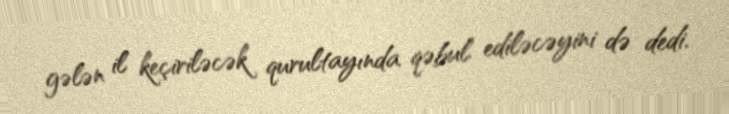
gələn il keçiriləcək qurultayında qəbul ediləcəyini də dedi.